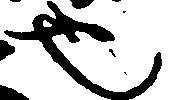
也